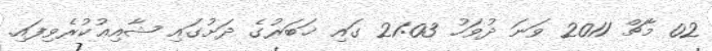
02 މާޗް 2011 ވަނަ ދުވަހު 21:03 ގައި ޚަބަރުގެ ދަށުގައި ޝާއިޢުކުރެވިފައި.